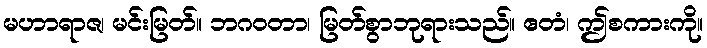
မဟာရာဇ၊ မင်းမြတ်။ ဘဂဝတာ၊ မြတ်စွာဘုရားသည်။ ဧတံ၊ ဤစကားကို။